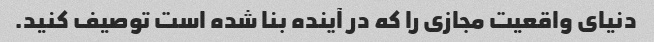
دنیای واقعیت مجازی را که در آینده بنا شده است توصیف کنید.